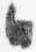
日